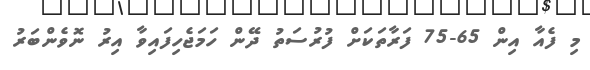
މި ފެއާ އިން 65-75 ފަރާތަކަށް ފުރުސަތު ދޭން ހަމަޖެހިފައިވާ އިރު ނޮވެންބަރު